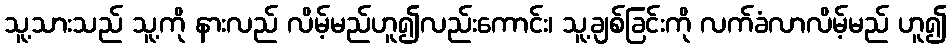
သူ့သားသည် သူ့ကို နားလည် လိမ့်မည်ဟူ၍လည်းကောင်း၊ သူ့ချစ်ခြင်းကို လက်ခံလာလိမ့်မည် ဟူ၍